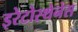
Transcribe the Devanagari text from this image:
इरेटोस्थेनेस